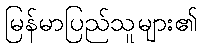
မြန်မာပြည်သူများ၏